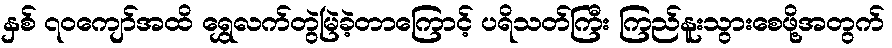
နှစ် ၇၀ကျော်အထိ ရွှေလက်တွဲမြဲခဲ့တာကြောင့် ပရိသတ်ကြီး ကြည်နူးသွားစေဖို့အတွက်